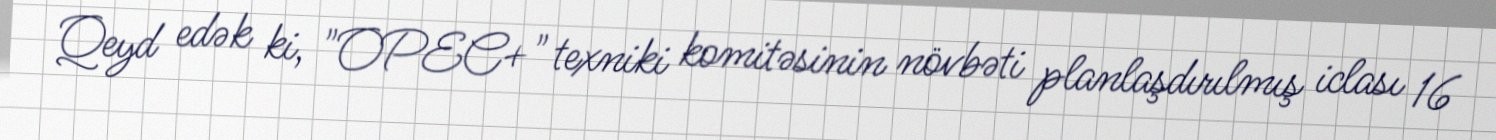
Qeyd edək ki, "OPEC+" texniki komitəsinin növbəti planlaşdırılmış iclası 16